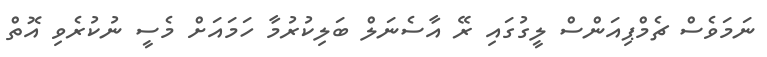
ނަމަވެސް ޗެމްޕިއަންސް ލީގުގައި ރޭ އާސެނަލް ބަލިކުރުމާ ހަމައަށް މެސީ ނުކުރެވި އޮތް